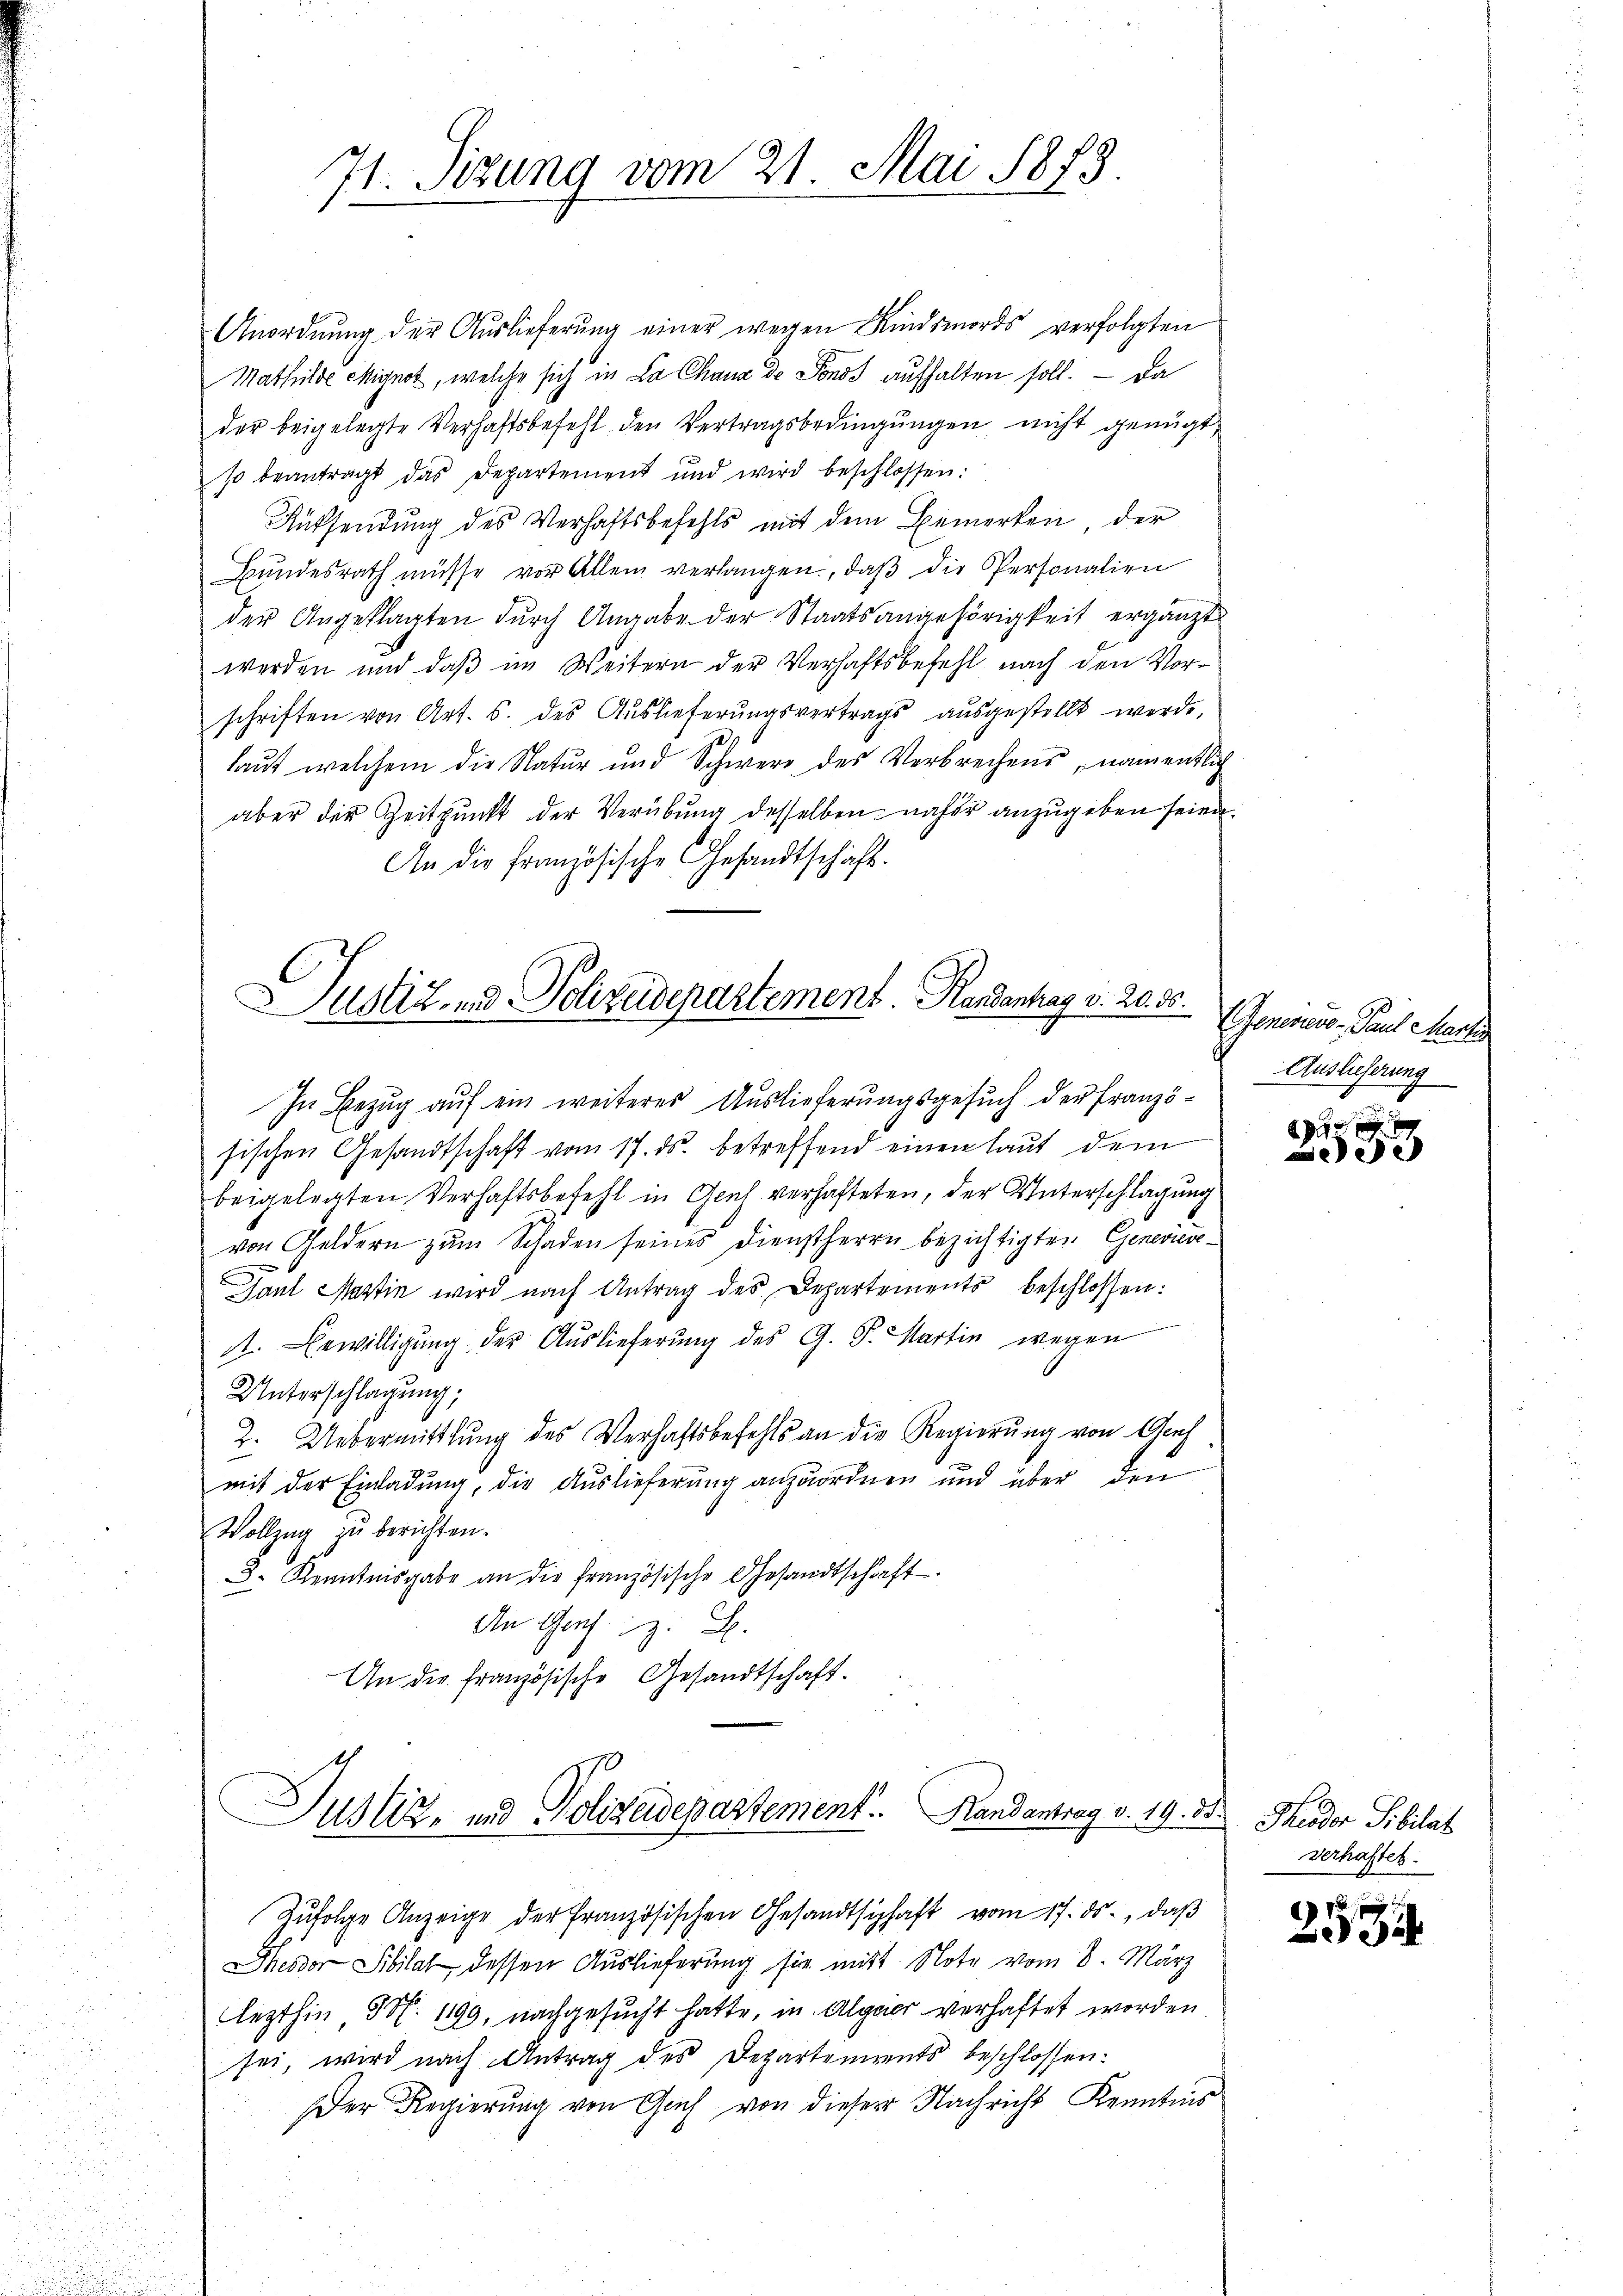
71. Sizung vom 21. Mai 1873

Anordnŭng der Auslieferung einer wegen Kindsmords verfolgten
Mathilde Mignot, welche sich in La Chana de Fonds aufhalten soll. — Da
der beigelegte Verhaftsbefehl den Vertragsbedingungen nicht genügt,
so beantragt das Departement und wird beschlossen:
Rüksendŭng des Verhaftsbefehls mit dem Bemerken, der
Bŭndesrath müsse vor Allem verlangen, daβ die Personalien
der Angeklagten durch Angabe der Staatsangehörigkeit ergänzt
werden und daß im Weitern der Verhaftsbefehl nach den Vorschriften von Art. 5. des Auslieferungsvertrags ausgestellt werde,
laut welchem die Natur und Schwere des Verbrechens, namentlich
aber der Zeitpunkt der Verübung desselben naher anzugeben seien.
An die französische Gesandtschaft.

Justiz- und Polizeidepartement. Handentrag v. 20. 30.
In Bezug auf ein weiteres Auslieferungsgesuch der Franzö¬

sischen Gesandtschaft vom 17. ds. betreffend einen laut dem
beigelegten Verhaftsbefehl in Glich verhafteten, der Unterschlagung
von Geldern zŭm Schaden seines Dienstherrn bezichtigten Genevieve¬
.
Gaul Mattin wird nach Antrag des Departements beschlossen:
1. Bewilligung der Auslieferung des G. P. Martin wegen
Unterschlagung;
2. Uebermittlung des Verhaftsbefehls an die Regierŭng von Graf
mit der Einladung, die Auslieferung anzuordnen und über den
Vollzug zu berichten.
8. Kenntnisgabe an die französische Gesandtschaft.
An Graf z. B.
An die französische Gesandtschaft.
B
Justiz- und Polizeidepartement. Randantrag v. 19. 3. Theodor Sibilat
Zŭfolge Anzeige der französischen Gesandtschaft vom 17. ds., daβ
Hessor Sibilat, dessen Auslieferung sie mit Note vom 8. März
lezthin N. 1199, nachgesucht hatte, in Algeier verhaftet worden
sei, wird nach Antrag des Departements beschlossen:
Der Regierung von Gas von dieser Nachricht Kenntnis

Generers - Paul Marse
Auslieferung

2040 x
ee

Verhaftes.

2534